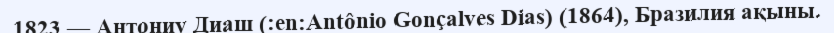
1823 — Антониу Диаш (:en:Antônio Gonçalves Dias) (1864), Бразилия ақыны.